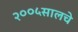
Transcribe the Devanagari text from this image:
२००५सालचे